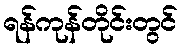
ရန်ကုန်တိုင်းတွင်